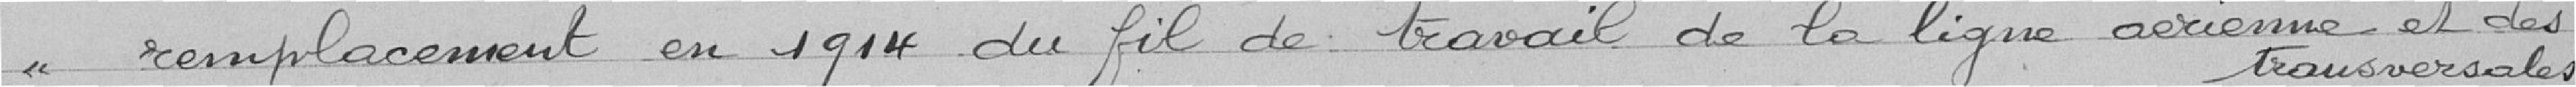
"remplacement en 1914 du fil de travail de la ligne aérienne et des transversales